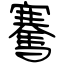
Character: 騫